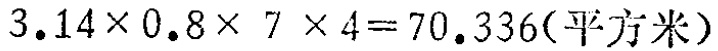
\(3.14\times0.8\times 7\times 4 = 70.336(\text{平方米})\)